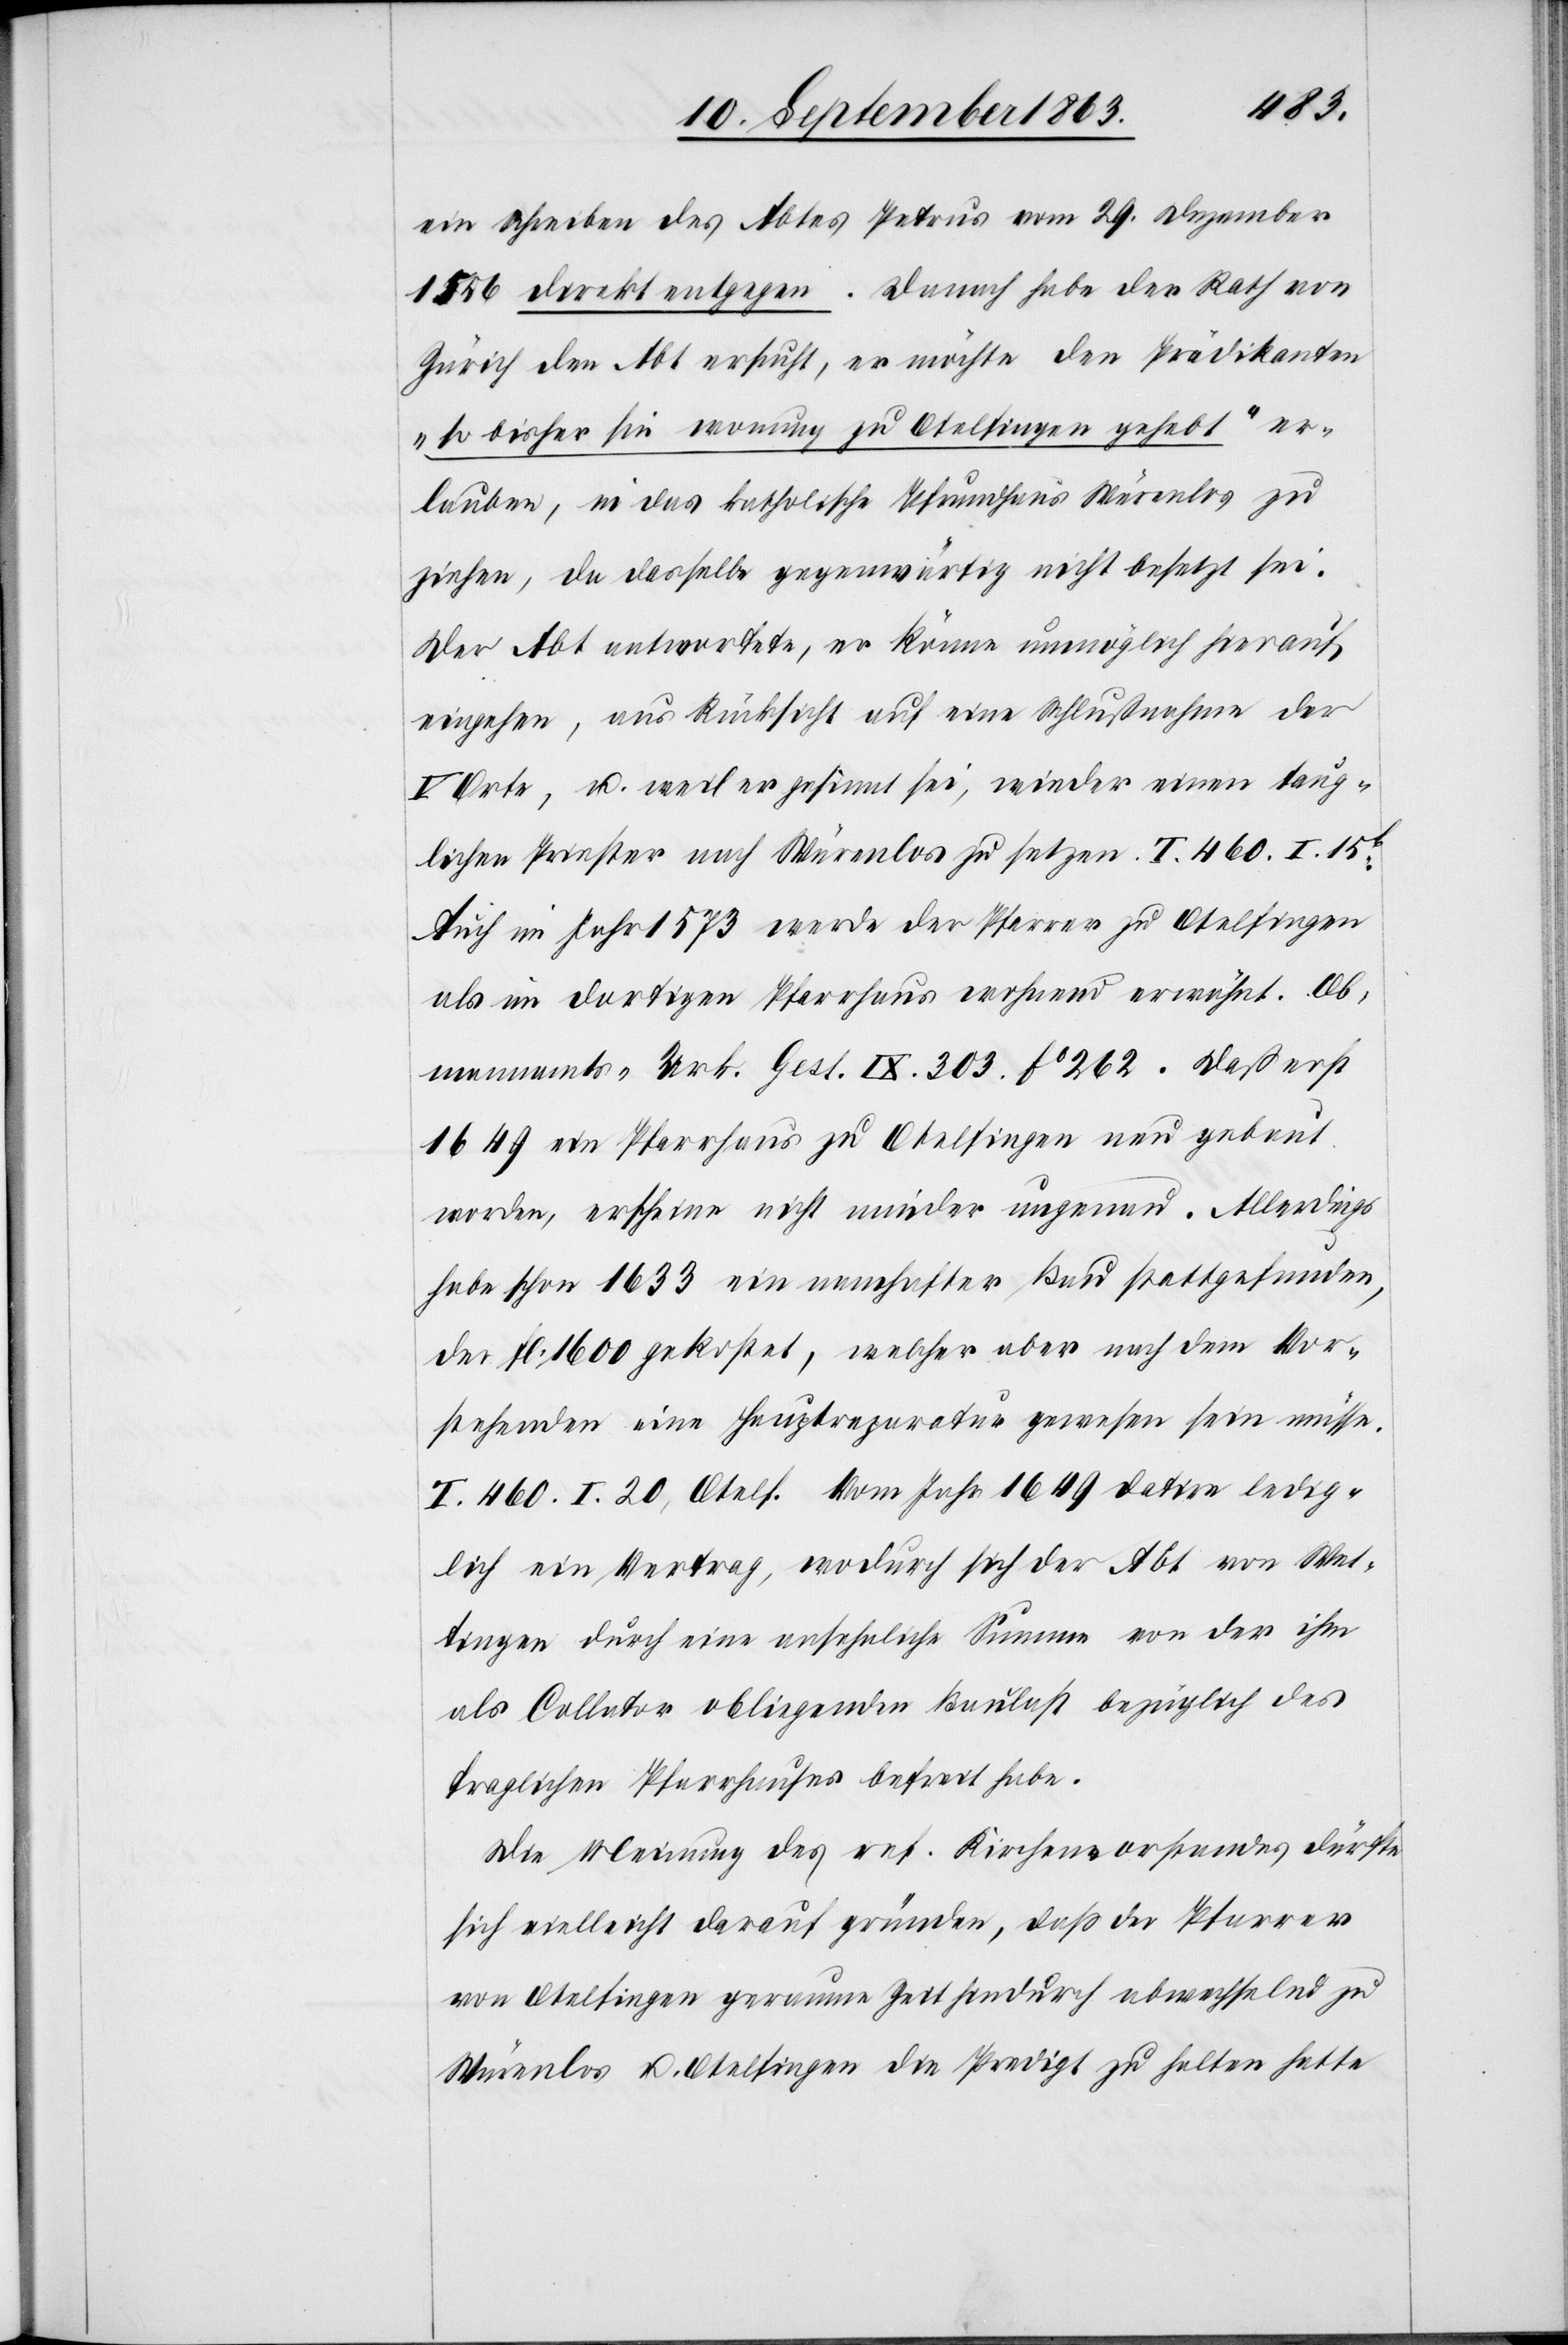
ein Schreiben des Abtes Petrus vom 29. Dezember
1546 direkt entgegen. Danach habe der Rath von
Zürich den Abt ersucht, er möchte den Prädikanten
„so bisher sin wonung zu Otelfingen gehebt“ er¬
lauben, in das katholische Pfrundhaus Würenlos zu
ziehen, da dasselbe gegenwärtig nicht besetzt sei.
Der Abt antwortete, er könne unmöglich hierauf
eingehen, aus Rücksicht auf eine Schlußnahme der
Orte, u. weil er gesinnt sei, wieder einen taug¬
lichen Priester nach Würenlos zu setzen. I. 460. I. 15b.
Auch im Jahr 1573 werde der Pfarrer zu Otelfingen
als im dortigen Pfarrhaus wohnend erwähnt. Ob¬
mannamts-Urk. Gest. IX. 303. fo 262. Daß erst
1649 ein Pfarrhaus zu Otelfingen neu gebaut
worden, erscheine nicht minder ungenau. Allerdings
habe schon 1633 ein namhafter Bau stattgefunden,
der fl. 1600 gekostet, welcher aber nach dem Vor¬
stehenden eine Hauptreparatur gewesen sein müsse.
I. 460. I. 20, Otelf. Vom Jahr 1649 datire ledig¬
lich ein Vertrag, wodurch sich der Abt von Wet¬
tingen durch eine ansehnliche Summe von der ihm
als Collator obliegenden Baulast bezüglich des
fraglichen Pfarrhauses befreit habe.
Die Meinung des ref. Kirchenvorstandes dürfte
sich vielleicht darauf gründen, daß der Pfarrer
von Otelfingen geraume Zeit hindurch abwechselnd zu
Würenlos u. Otelfingen die Predigt zu halten hatte